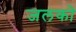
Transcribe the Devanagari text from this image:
जलको